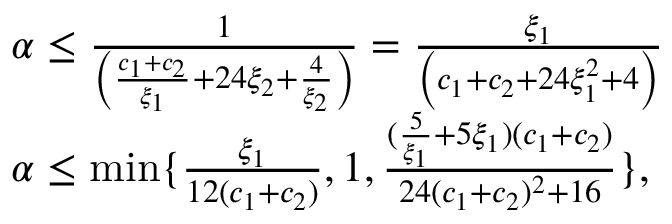
\begin{array} { r l } & { \alpha \le \frac { 1 } { \left( \frac { c _ { 1 } + c _ { 2 } } { \xi _ { 1 } } + 2 4 \xi _ { 2 } + \frac { 4 } { \xi _ { 2 } } \right) } = \frac { \xi _ { 1 } } { \left( c _ { 1 } + c _ { 2 } + 2 4 \xi _ { 1 } ^ { 2 } + 4 \right) } } \\ & { \alpha \le \operatorname* { m i n } \{ \frac { \xi _ { 1 } } { 1 2 ( c _ { 1 } + c _ { 2 } ) } , 1 , \frac { ( \frac { 5 } { \xi _ { 1 } } + 5 \xi _ { 1 } ) ( c _ { 1 } + c _ { 2 } ) } { 2 4 ( c _ { 1 } + c _ { 2 } ) ^ { 2 } + 1 6 } \} , } \end{array}